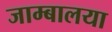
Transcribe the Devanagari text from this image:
जाम्बालया